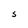
Character: S